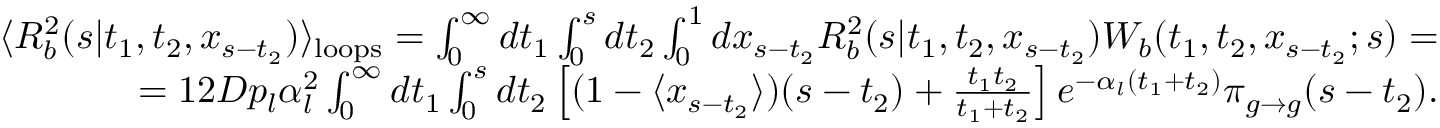
\begin{array} { r } { \langle { \cal R } _ { b } ^ { 2 } ( s | t _ { 1 } , t _ { 2 } , x _ { s - t _ { 2 } } ) \rangle _ { \mathrm { l o o p s } } = \int _ { 0 } ^ { \infty } d t _ { 1 } \int _ { 0 } ^ { s } d t _ { 2 } \int _ { 0 } ^ { 1 } d x _ { s - t _ { 2 } } { \cal R } _ { b } ^ { 2 } ( s | t _ { 1 } , t _ { 2 } , x _ { s - t _ { 2 } } ) { \cal W } _ { b } ( t _ { 1 } , t _ { 2 } , x _ { s - t _ { 2 } } ; s ) = } \\ { = 1 2 D p _ { l } \alpha _ { l } ^ { 2 } \int _ { 0 } ^ { \infty } d t _ { 1 } \int _ { 0 } ^ { s } d t _ { 2 } \left[ ( 1 - \langle x _ { s - t _ { 2 } } \rangle ) ( s - t _ { 2 } ) + \frac { t _ { 1 } t _ { 2 } } { t _ { 1 } + t _ { 2 } } \right] e ^ { - \alpha _ { l } ( t _ { 1 } + t _ { 2 } ) } \pi _ { g \to g } ( s - t _ { 2 } ) . } \end{array}